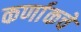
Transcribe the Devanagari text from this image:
कर्णाकचे